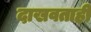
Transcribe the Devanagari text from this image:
दाखवताही